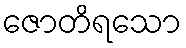
ဇောတိရသော